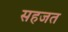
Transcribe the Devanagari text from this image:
सहजत